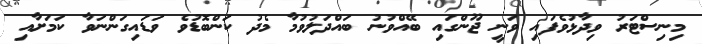
މިނިސްޓަރު ވިދާޅުވެފައި ވަނީ ޖޫންގައި ބޭއްވުނު ބައްދަލުވުމާ މެދު ކަންބޮޑުވެ ވަޑައިގަންނަވާ ކަމަށާއި